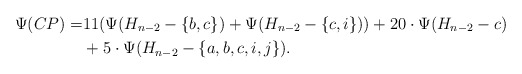
\begin{align*}\Psi (CP) = & 11(\Psi(H_{n-2}-\{b,c\}) + \Psi(H_{n-2}-\{c,i\})) + 20\cdot \Psi (H_{n-2} - c) \\&+ 5\cdot \Psi (H_{n-2}-\{a,b,c,i,j\}).\end{align*}